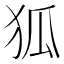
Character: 狐